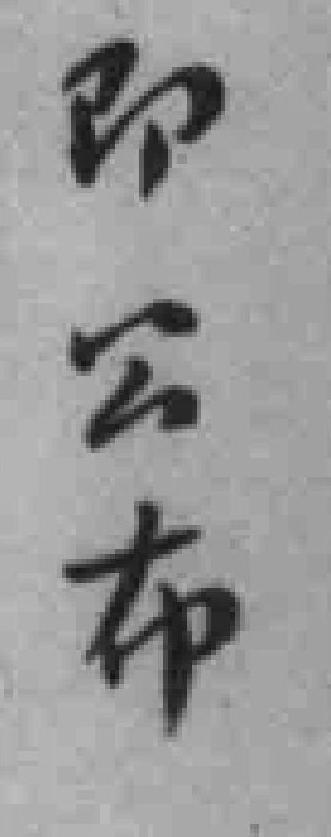
即公布